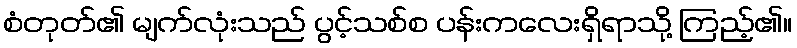
စံတုတ်၏ မျက်လုံးသည် ပွင့်သစ်စ ပန်းကလေးရှိရာသို့ ကြည့်၏။